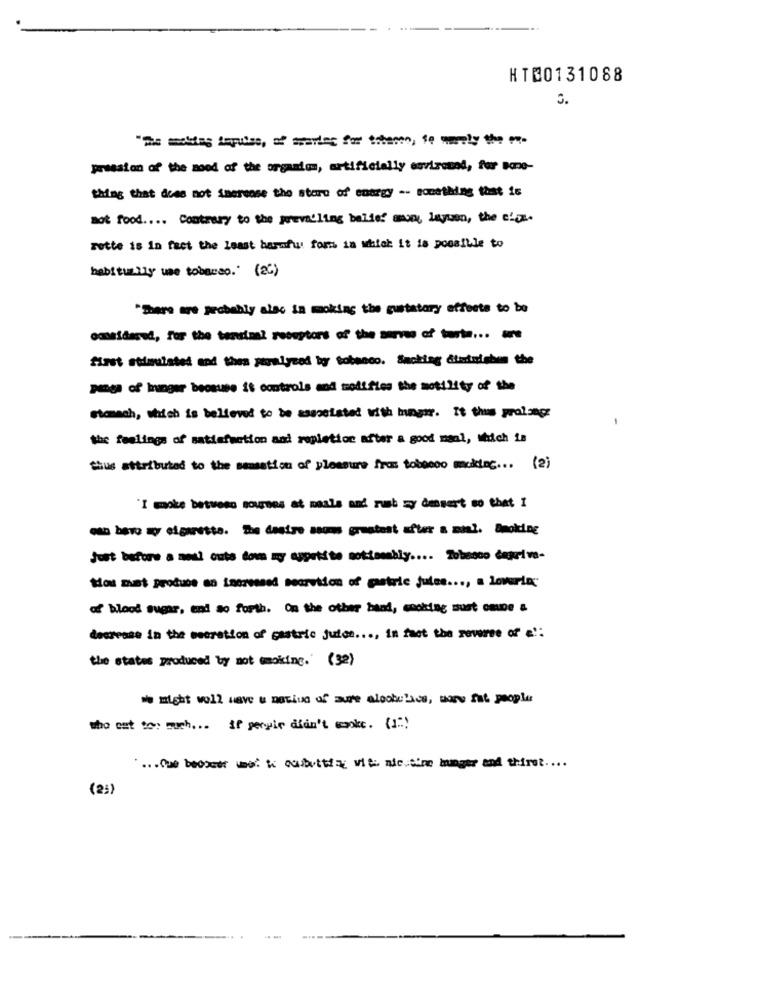
HT@0131088
3.
pression of the mood of the organis, artificially environol, fur Bone-
thing that does not Smerense the store of energy -- something that 16
mot food .... Contrary to the prevailing baller munt layuan, the cloa.
rotte is in fact the least barnfw form in which it is possible to
babitually use tobarso.' (ac)
"There are probably alac in moking the gustatary effects to be
ommeidared, for the tenutiel receptors of the serves of the ... -
first stimulated and then paralyzed by tobenco. Sacking dtetuishen the
panga of mninger because it controls and modi fies the motility of the
Stomach, which is believed to be associated with hunger. It thus prolonge
-
the feelings of satisfaction and repletioc after a good manl, which is
thus attributed to the sensation of pleasure from tobeeco mokinc ... (2)
"I moke between courses at maals and rush zy dessert so that I
os bare a cigarette. The desire ssums greatest after a mial. Smoking
just before a meal cute dom my appetite notiambly .... Zobasco depriva-
tos muet produce an increased secretion of gastric jules ..., a lovarie;
of blood sugar, and so forth. On the other hand, cooking must coupe &
decrease in the meeration of gastric juice ..., in fact the reverse of a !:
the states produced by mot smoking.' (32)
we might woll wave & matiun of aure aloobelice, more fat people
who est to: such ... if gerir didn't epoke. (1":)
.... Que bedocer ine: k cubettiay vit. nic.time hunger and thirst ....
(2)